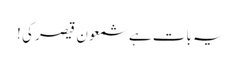
یہ بات ہے شمعون قیصر کی !